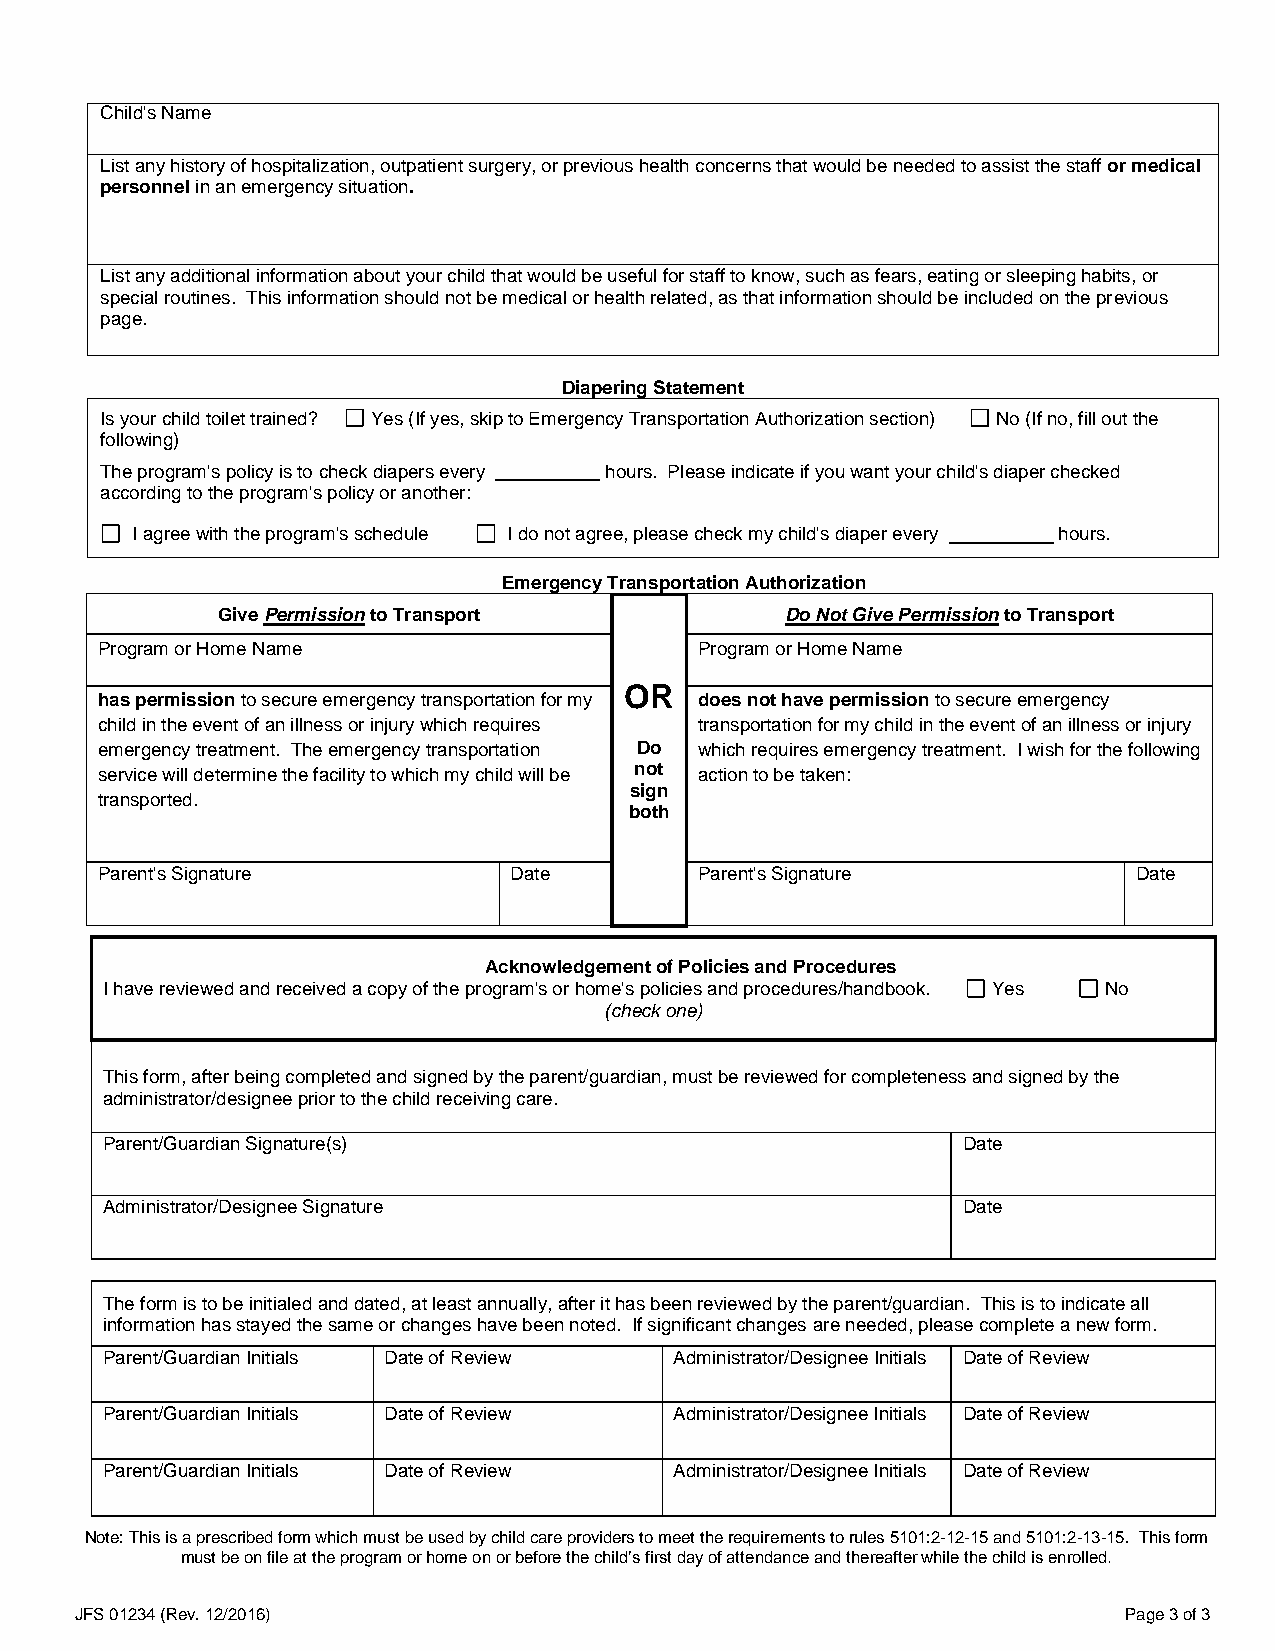
Child's Name
 List any history of hospitalization, outpatient surgery, or previous health concerns that would be needed to assist the staff or medical
 personnel in an emergency situation.
 List any additional information about your child that would be useful for staff to know, such as fears, eating or sleeping habits, or
 special routines. This information should not be medical or health related, as that information should be included on the previous
 page.
 Diapering Statement
 Is your child toilet trained? Yes (If yes, skip to Emergency Transportation Authorization section) No (If no, fill out the
 following)
 The program's policy is to check diapers every hours. Please indicate if you want your child's diaper checked
 according to the program's policy or another:
 I agree with the program's schedule I do not agree, please check my child's diaper every hours.
 Emergency Transportation Authorization
 Give Permission to Transport          Do Not Give Permission to Transport
 Program or Home Name                    Program or Home Name
 OR
 has permission to secure emergency transportation for my does not have permission to secure emergency
 child in the event of an illness or injury which requires transportation for my child in the event of an illness or injury
 emergency treatment. The emergency transportation Do which requires emergency treatment. I wish for the following
 service will determine the facility to which my child will be not action to be taken:
 sign
 transported.
 both
 Parent's Signature          Date        Parent's Signature           Date
 Acknowledgement of Policies and Procedures
 I have reviewed and received a copy of the program's or home's policies and procedures/handbook. Yes No
 (check one)
 This form, after being completed and signed by the parent/guardian, must be reviewed for completeness and signed by the
 administrator/designee prior to the child receiving care.
 Parent/Guardian Signature(s)                             Date
 Administrator/Designee Signature                         Date
 The form is to be initialed and dated, at least annually, after it has been reviewed by the parent/guardian. This is to indicate all
 information has stayed the same or changes have been noted. If significant changes are needed, please complete a new form.
 Parent/Guardian Initials Date of Review Administrator/Designee Initials Date of Review
 Parent/Guardian Initials Date of Review Administrator/Designee Initials Date of Review
 Parent/Guardian Initials Date of Review Administrator/Designee Initials Date of Review
 Note: This is a prescribed form which must be used by child care providers to meet the requirements to rules 5101:2-12-15 and 5101:2-13-15. This form
 must be on file at the program or home on or before the child’s first day of attendance and thereafter while the child is enrolled.
 JFS 01234 (Rev. 12/2016)                                             Page 3 of 3